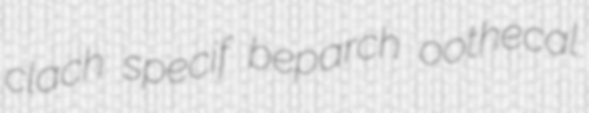
clach specif beparch oothecal